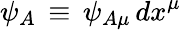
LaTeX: \psi_{A}\, \equiv\, \psi_{A\mu}\, dx^{\mu}